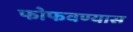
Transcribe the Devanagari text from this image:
फोफवण्यास